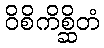
ဝိစိကိစ္ဆိတံ